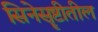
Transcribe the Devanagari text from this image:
सिनेसॄष्टीतील